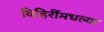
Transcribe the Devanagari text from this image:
विहिरींमधल्या